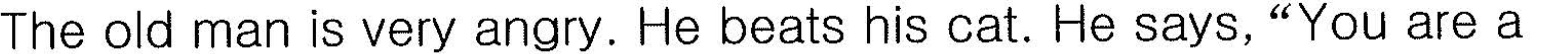
The old man is very angry. He beats his cat. He says,"You are a